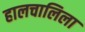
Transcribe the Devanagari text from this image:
हालचालिला